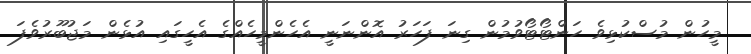
މީހުން މުސްކުޅިވެ ހަންޓޯޓޯވުމުން ގިނަ ފަހަރު އޮންނަނީ އެހެންމީހެއްގެ އެހީގައި އުޅެން މަޖުބޫރުވެފަ